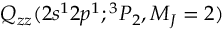
Q _ { z z } ( 2 s ^ { 1 } 2 p ^ { 1 } ; { ^ 3 P _ { 2 } , M _ { J } = 2 } )